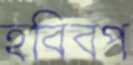
হবিবপ